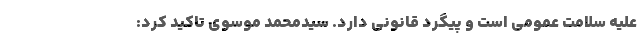
علیه سلامت عمومی است و پیگرد قانونی دارد. سیدمحمد موسوی تاکید کرد: